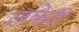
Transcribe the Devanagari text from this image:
लकेरी